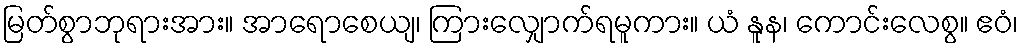
မြတ်စွာဘုရားအား။ အာရောစေယျ၊ ကြားလျှောက်ရမူကား။ ယံ နူန၊ ကောင်းလေစွ။ ဧဝံ၊